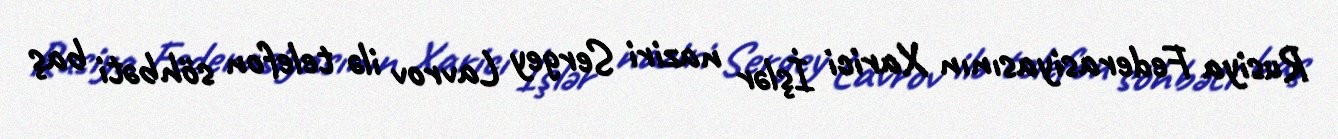
Rusiya Federasiyasının Xarici İşlər naziri Sergey Lavrov ilə telefon söhbəti baş